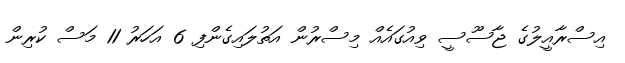
އިސްރާއީލުގެ ޖާސޫސީ ވިއުގައެއް މިސްރުން އަތުލައިގެންފި 6 އަހަރު 11 މަސް ކުރިން